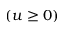
( u \geq 0 )